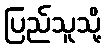
ပြည်သူသို့